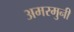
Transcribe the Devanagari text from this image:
अमरमुनी